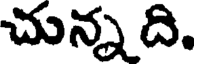
చున్న ది.